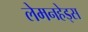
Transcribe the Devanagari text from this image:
लेमनहेड्स